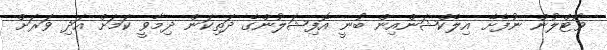
ވޯޓްލުން ނުފެށޭ އިލެކްޝަންއިން ބުނީ އޮފިޝަލުންގެ ދަތިކަން ދިމާވީ ކަމަށް އަދި ވަރަށް